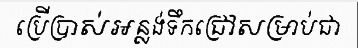
ប្រើប្រាស់អន្លង់ទឹកជ្រៅសម្រាប់ជា